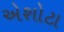
એશોટા